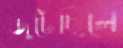
জুটেছিলে